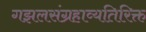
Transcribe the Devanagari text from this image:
गझलसंग्रहाव्यतिरिक्त